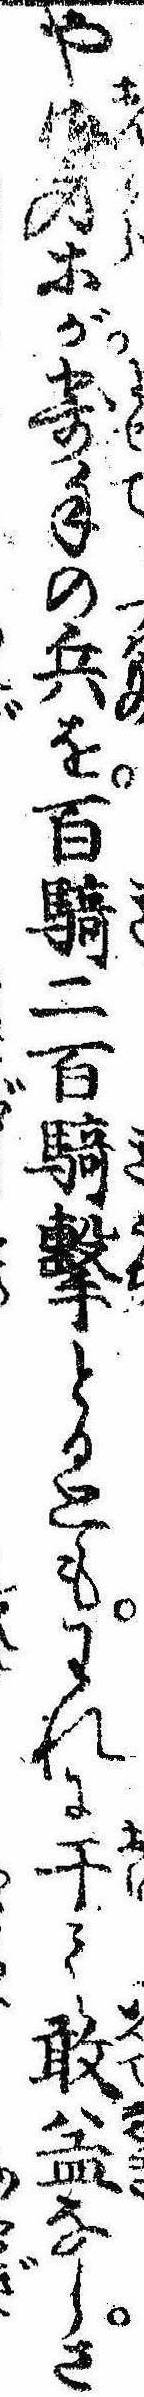
や御身等が寄手の兵を百騎二百騎撃とるともわれに于て敢益なしさ